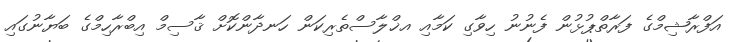
އަފްރާޝިމްގެ ފަރާތްޕުޅުން ފެނުނު ހިވާގި ކަމާއި އޚްލާސްތެރިކަން ހަނދާންކޮށް ޤާސިމް އިބްރާހިމްގެ ބަޔާނުގައި